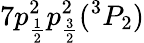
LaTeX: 7p_{\frac{1}{2}}^{2}p_{\frac{3}{2}}^{2}(^{3}P_{2})